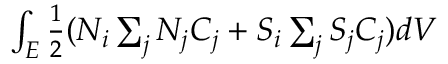
\begin{array} { r } { \int _ { E } \frac { 1 } { 2 } ( N _ { i } \sum _ { j } N _ { j } C _ { j } + S _ { i } \sum _ { j } S _ { j } C _ { j } ) d V } \end{array}